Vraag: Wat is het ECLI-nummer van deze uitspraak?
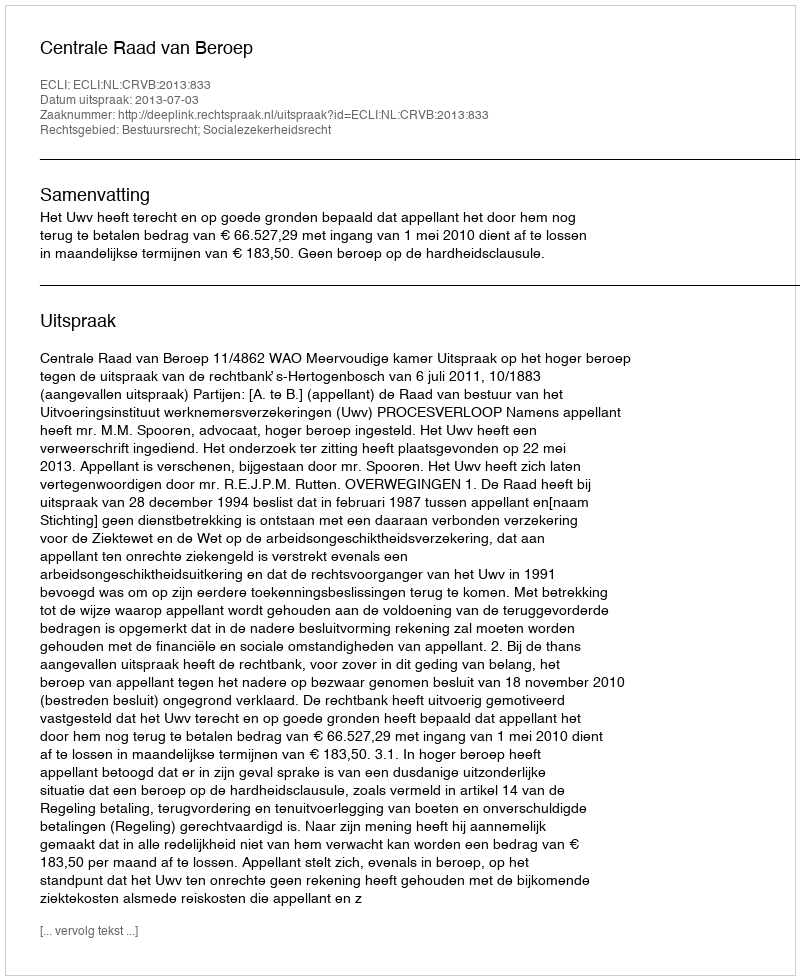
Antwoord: ECLI:NL:CRVB:2013:833